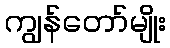
ကျွန်တော်မျိုး